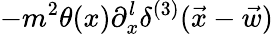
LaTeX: -m^{2}\theta(x)\partial_{x}^{l}\delta^{(3)}(\vec{x}-\vec{w})